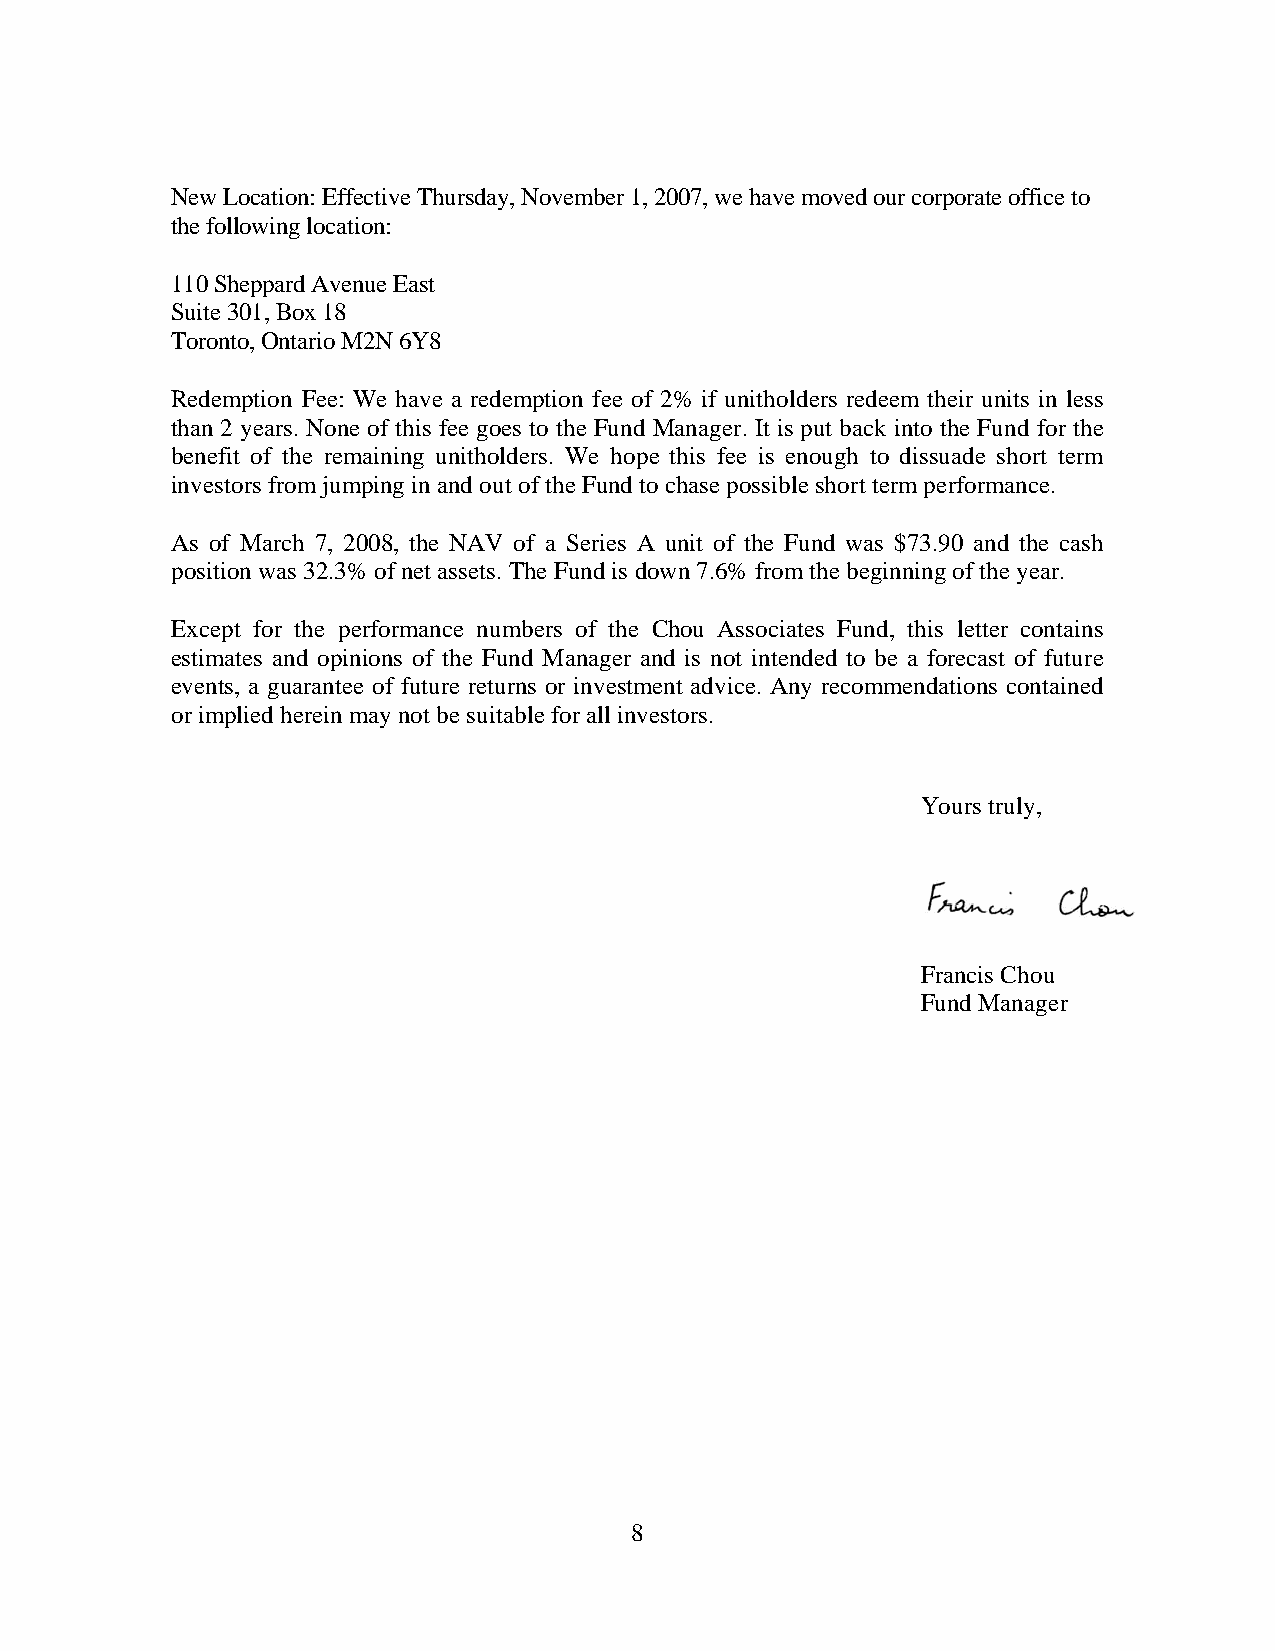
New Location: Effective Thursday, November 1, 2007, we have moved our corporate office to
 the following location:
 110 Sheppard Avenue East
 Suite 301, Box 18
 Toronto, Ontario M2N 6Y8
 Redemption Fee: We have a redemption fee of 2% if unitholders redeem their units in less
 than 2 years. None of this fee goes to the Fund Manager. It is put back into the Fund for the
 benefit of the remaining unitholders. We hope this fee is enough to dissuade short term
 investors from jumping in and out of the Fund to chase possible short term performance.
 As of March 7, 2008, the NAV of a Series A unit of the Fund was $73.90 and the cash
 position was 32.3% of net assets. The Fund is down 7.6% from the beginning of the year.
 Except for the performance numbers of the Chou Associates Fund, this letter contains
 estimates and opinions of the Fund Manager and is not intended to be a forecast of future
 events, a guarantee of future returns or investment advice. Any recommendations contained
 or implied herein may not be suitable for all investors.
 Yours truly,
 Francis Chou
 Fund Manager
 8